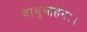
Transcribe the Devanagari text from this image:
वायुवाहनः।